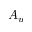
A _ { u }